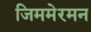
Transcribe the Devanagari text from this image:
जिममेरमन